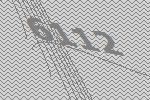
6112